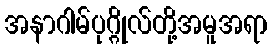
အနာဂါမ်ပုဂ္ဂိုလ်တို့အမူအရာ